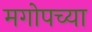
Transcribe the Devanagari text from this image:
मगोपच्या